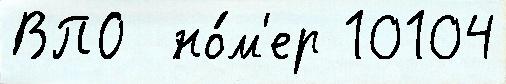
ВПО  но́м'ер 10104